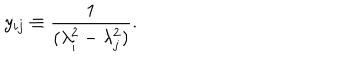
y _ { i j } \equiv \frac { 1 } { ( \lambda _ { i } ^ { 2 } - \lambda _ { j } ^ { 2 } ) } .